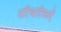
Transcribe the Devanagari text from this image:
परिचारिकाऐं